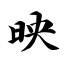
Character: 映